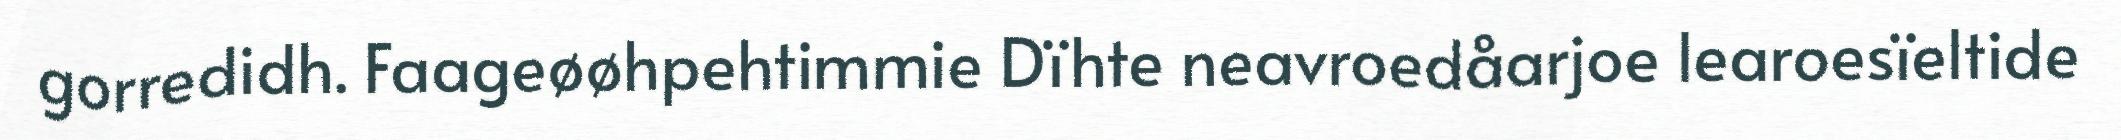
gorredidh. Faageøøhpehtimmie Dïhte neavroedåarjoe learoesïeltide